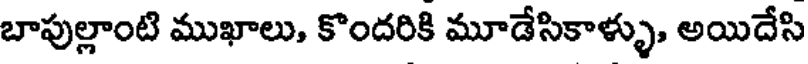
బాపుల్లాంటి ముఖాలు, కొందరికి మూడేసికాళ్ళు, అయిదేసి